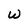
Character: W